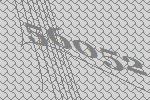
56052